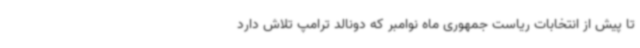
تا پیش از انتخابات ریاست جمهوری ماه نوامبر که دونالد ترامپ تلاش دارد